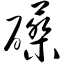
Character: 礤